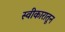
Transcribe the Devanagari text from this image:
स्वीकारातून